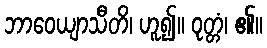
ဘာဝေယျာသီတိ၊ ဟူ၍။ ဝုတ္တံ၊ ၏။